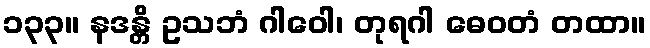
၁၃၃။ နဒန္တိ ဥသဘံ ဂါဝေါ၊ တုရဂါ ဓေဝတံ တထာ။